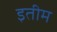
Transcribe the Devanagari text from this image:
इतीम